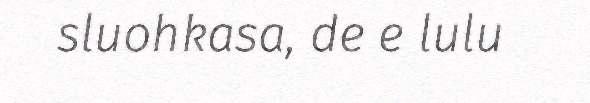
sluohkasa, de e lulu